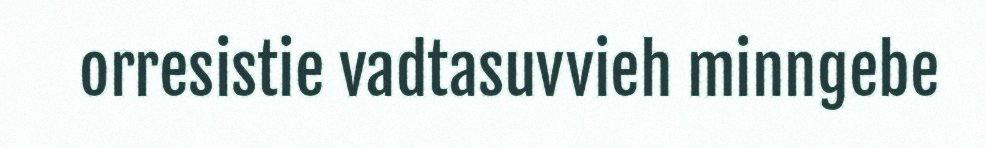
orresistie vadtasuvvieh minngebe